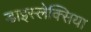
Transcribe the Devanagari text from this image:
डाइस्लेक्सिया